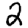
Digit: 2